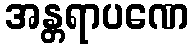
အန္တရာပဏေ